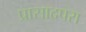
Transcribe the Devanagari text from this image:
प्रासादपरा